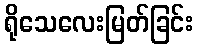
ရိုသေလေးမြတ်ခြင်း